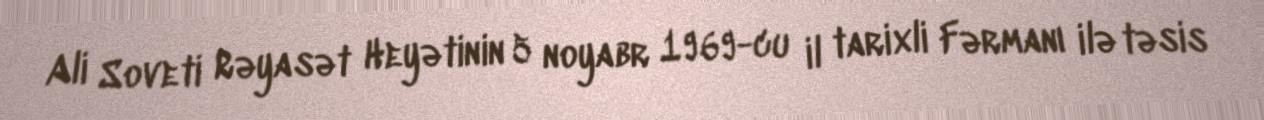
Ali Soveti Rəyasət Heyətinin 5 noyabr 1969-cu il tarixli Fərmanı ilə təsis